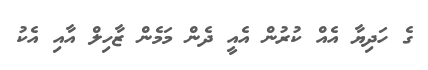
ގެ ހަދިޔާ އެއް ކުރުން އެއީ ދެން މަމެން ޒާހިލް އާއި އެކު